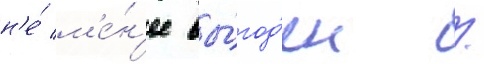
н'е́ м'е́н'ее вы́год'ен /